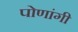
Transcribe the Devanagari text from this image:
पोणांगी